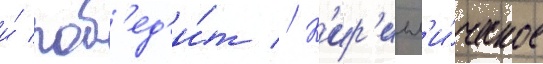
и́ поб'ед'и́т // К'ир'илл'и́ческое